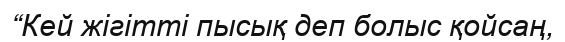
“Кей жігітті пысық деп болыс қойсаң,